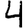
Digit: 4